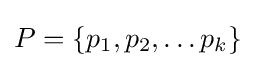
P=\{p_{1},p_{2},\dots p_{k}\}